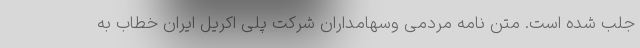
جلب شده است. متن نامه مردمی وسهامداران شرکت پلی اکریل ایران خطاب به